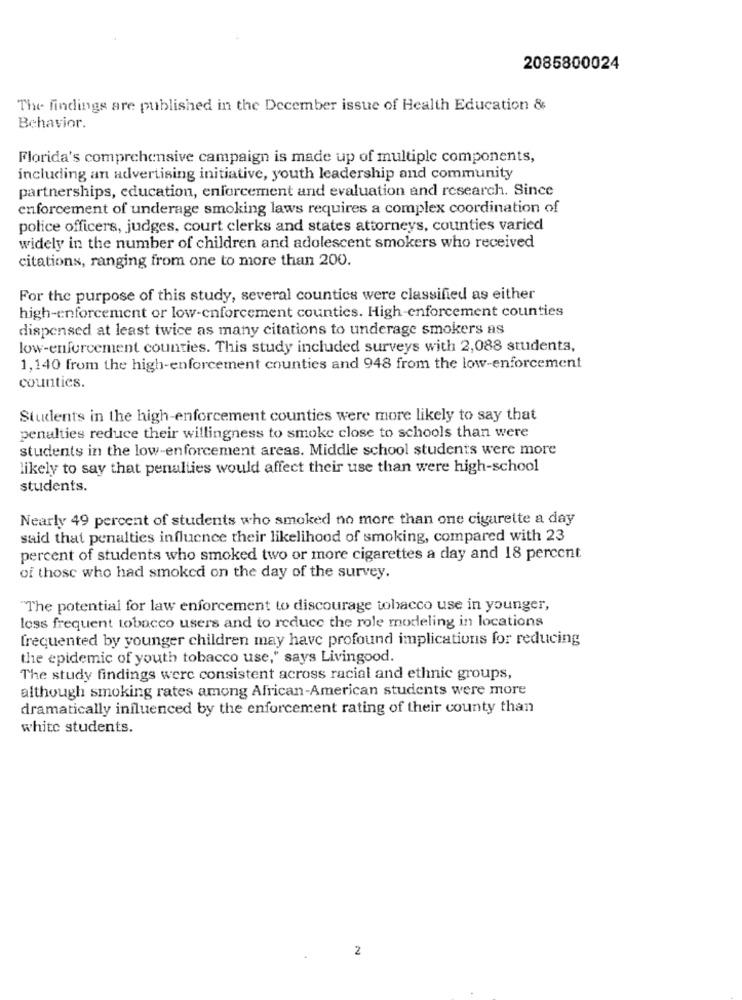
2085800024
The findings are published in the December issue of Health Education &
Behavior.
Florida's comprehensive campaign is made up of multiple components,
including an advertising initiative, youth leadership and community
partnerships, education, enforcement and evaluation and research. Since
enforcement of underage smoking laws requires a complex coordination of
police officers, judges, court clerks and states attorneys, counties varied
widely in the number of children and adolescent smokers who received
citations, ranging from one to more than 200.
For the purpose of this study, several counties were classified as either
high-enforcement or low-enforcement counties. High-enforcement counties
dispensed at least twice as many citations to underage smokers as
low-enforcement counties. This study included surveys with 2,088 students,
1,140 from the high-enforcement counties and 948 from the low-enforcement
counties.
Students in the high-enforcement counties were more likely to say that
penalties reduce their willingness to smoke close to schools than were
students in the low-enforcement areas. Middle school students were more
likely to say that penalties would affect their use than were high-school
students.
Nearly 49 percent of students who smoked no more than one cigarette a day
said that penalties influence their likelihood of smoking, compared with 23
percent of students who smoked two or more cigarettes a day and 18 percent
of those who had smoked on the day of the survey.
"The potential for law enforcement to discourage tobacco use in younger,
less frequent tobacco users and to reduce the role modeling in locations
frequented by younger children may have profound implications for reducing
the epidemic of youth tobacco use," says Livingood.
The study findings were consistent across racial and ethnic groups,
although smoking rates among African-American students were more
dramatically influenced by the enforcement rating of their county than
white students.
2